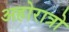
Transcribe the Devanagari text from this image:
अहोरात्रो